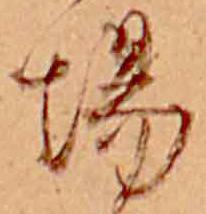
場